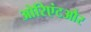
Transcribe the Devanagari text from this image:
ओरिएंटऔर